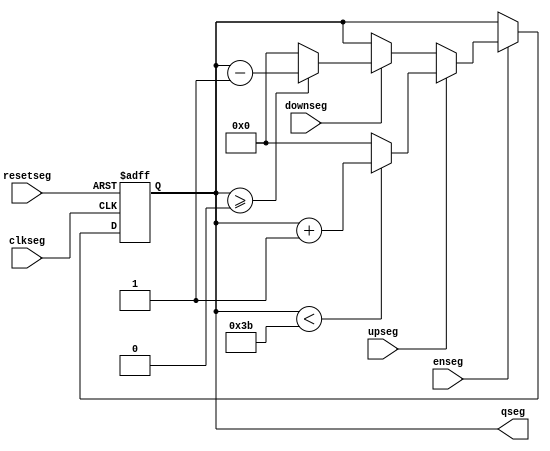
`timescale 1ns / 1ps
//////////////////////////////////////////////////////////////////////////////////
// Company: 
// Engineer: 
// 
// Design Name: 
// Module Name:    count_segundos 
// Project Name: 
// Target Devices: 
// Tool versions: 
// Description: 
//
// Dependencies: 
//
// Revision: 
// Revision 0.01 - File Created
// Additional Comments: 
//
//////////////////////////////////////////////////////////////////////////////////
module count_segundos(
input wire clkseg,
		input wire resetseg,
		input wire enseg,
		input wire upseg,
		input wire downseg,
		output wire [5:0] qseg
		
    );

//Signal Declarations
reg [5:0]q_actseg, q_nextseg;


//Body of "state" registers
always@(posedge clkseg,posedge resetseg)
	if(resetseg)
		q_actseg <= 0;
	else
		q_actseg <= q_nextseg;

//Specified functions of the counter 		
always@*
begin
	if(enseg)
	begin
		if(upseg) 
			begin
				if(qseg < 6'd59) 
				begin
					q_nextseg = q_actseg + 6'b1;
				
				end
				else 
					q_nextseg = 6'b0;
			end
		else if(downseg)
			begin
				if (qseg >= 6'b0) 
					begin				
						q_nextseg = q_actseg - 6'sb1;
					end
				else 
					q_nextseg=6'b0;		
			end
		else 
			q_nextseg = q_actseg;
	end
	else 
		q_nextseg = q_actseg;


end

assign qseg = q_actseg;
 
endmodule	

/*		
always@*
begin
	if(enseg)
	begin
		if(upseg) 
			begin
				if(qseg < 6'd60) 
				begin
					q_nextseg = q_actseg + 6'b1;
				end
				
			end
			else 
			q_nextseg = 6'b0;
		end
			
	else if(downseg)
		begin
				if (qseg < 6'd60) begin				
						q_nextseg = q_actseg- 6'sb1;
				end
				else 
					q_nextseg=0;		
			end
		else 
			q_nextseg = q_actseg;
	end
	

	

//Output Logic
assign qseg = q_actseg;
 
endmodule
*/